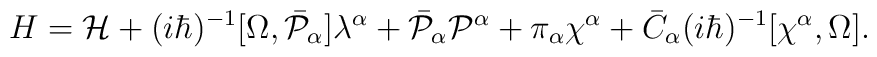
H={\cal H}+(i\hbar)^{-1}[\Omega,\bar{\cal P}_\alpha]\lambda^\alpha+\bar{\cal P}_\alpha{\cal P}^\alpha+\pi_\alpha\chi^\alpha+\bar{C}_\alpha(i\hbar)^{-1}[\chi^\alpha,\Omega].